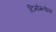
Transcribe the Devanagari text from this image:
टिमोग्लोक